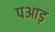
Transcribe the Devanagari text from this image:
पआड़